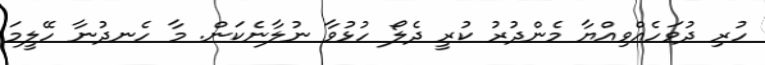
ހުރި ދުވަހެއްވިއްޔާ މެންދުރު ކުރީ ދެލޯ ހުޅުވާ ނުލާނެކަން. މާ ހެނދުނާ ހޭލީމަ